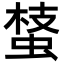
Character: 𧌔